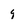
Character: q